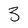
Character: 3